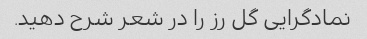
نمادگرایی گل رز را در شعر شرح دهید.